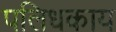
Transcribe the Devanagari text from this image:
पलिधकाय